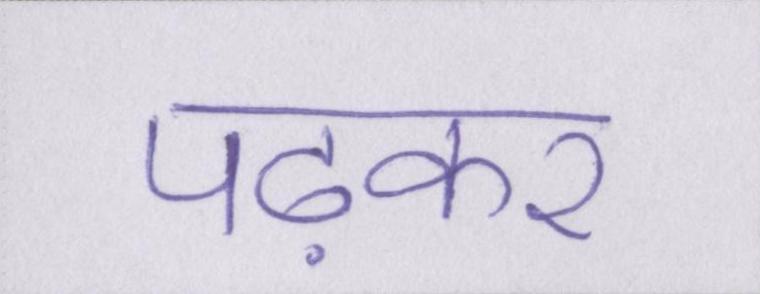
पढ़कर